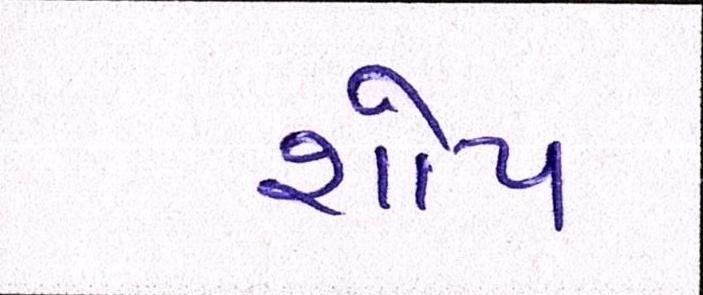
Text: શોપ